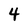
Character: 4